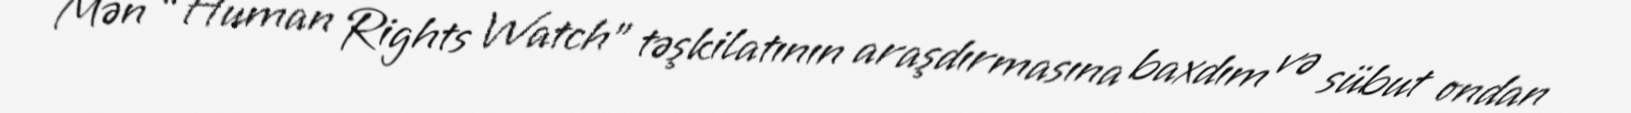
Mən “Human Rights Watch” təşkilatının araşdırmasına baxdım və sübut ondan